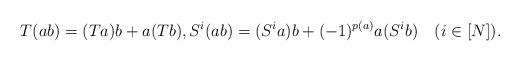
LaTeX: \begin{align*} T(ab)=(Ta)b+a(Tb), S^i(ab)=(S^ia)b+(-1)^{p(a)}a(S^ib)\quad(i\in[N]). \end{align*}